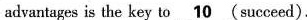
advantages is the key to \underline{10}.( succeed).